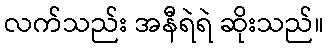
လက်သည်း အနီရဲရဲ ဆိုးသည်။